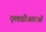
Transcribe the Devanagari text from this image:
एलडीआरओ